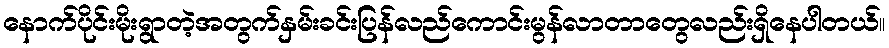
နောက်ပိုင်းမိုးရွာတဲ့အတွက်နှမ်းခင်းပြန်လည်ကောင်းမွန်လာတာတွေလည်းရှိနေပါတယ်။